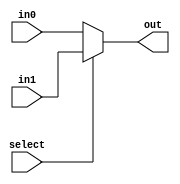
/* PURPOSE: This is a multiplexer. If select is 0, output is input0. If select is 1, output is input 1. 
 * INPUTS : input 0, input 1, select bit, 
 * OUTPUTS: output
 * Conor O'Connell & Saroj Bardewa
 * 5/5/2016
 */
 
module mux32x2_6bits(in0, in1, select, out);
  parameter WIDTH = 6;   		//Bus width
  input [WIDTH - 1:0] in1;      
  input [WIDTH - 1:0] in0;		
  input select;
  output [WIDTH - 1:0] out;
  
  assign out = select ? in1 : in0;   // Select between the input 1 and input 0
endmodule